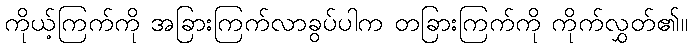
ကိုယ့်ကြက်ကို အခြားကြက်လာခွပ်ပါက တခြားကြက်ကို ကိုက်လွှတ်၏။